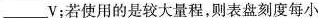
___V；若使用的是较大量程，则表盘刻度每小